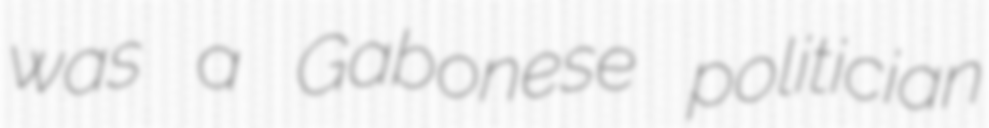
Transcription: was a Gabonese politician